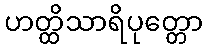
ဟတ္ထိသာရိပုတ္တော